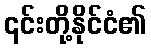
၎င်းတို့နိုင်ငံ၏